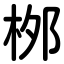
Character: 桞